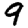
Digit: 9